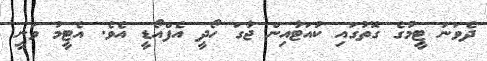
ދެވަނަ ޓީމުގެ ގޮތުގައި ކުއަޓާއިން ޖާގަ ހޯދީ އެފްއޯޑީ އެވެ. އެޓީމު ވަނީ